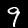
Digit: 9